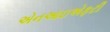
એનઆઇએફટી